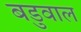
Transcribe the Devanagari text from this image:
बडुवाल